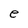
Character: e